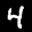
Label: 4